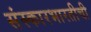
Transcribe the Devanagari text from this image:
संस्कारभारतीची